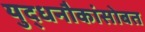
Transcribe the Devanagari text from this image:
युद्धनौकांसोबत